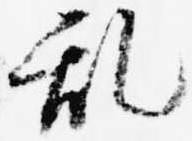
乱